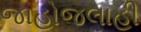
જાહોજલાહી